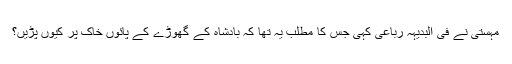
مہستی نے فی البدیہہ رباعی کہی جس کا مطلب یہ تھا کہ بادشاہ کے گھوڑے کے پائوں خاک پر کیوں پڑیں؟